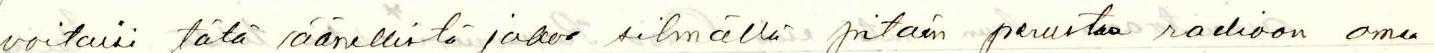
voitaisi tätä äänellistä jakoa silmällä pitäen perustaa radioon omaa